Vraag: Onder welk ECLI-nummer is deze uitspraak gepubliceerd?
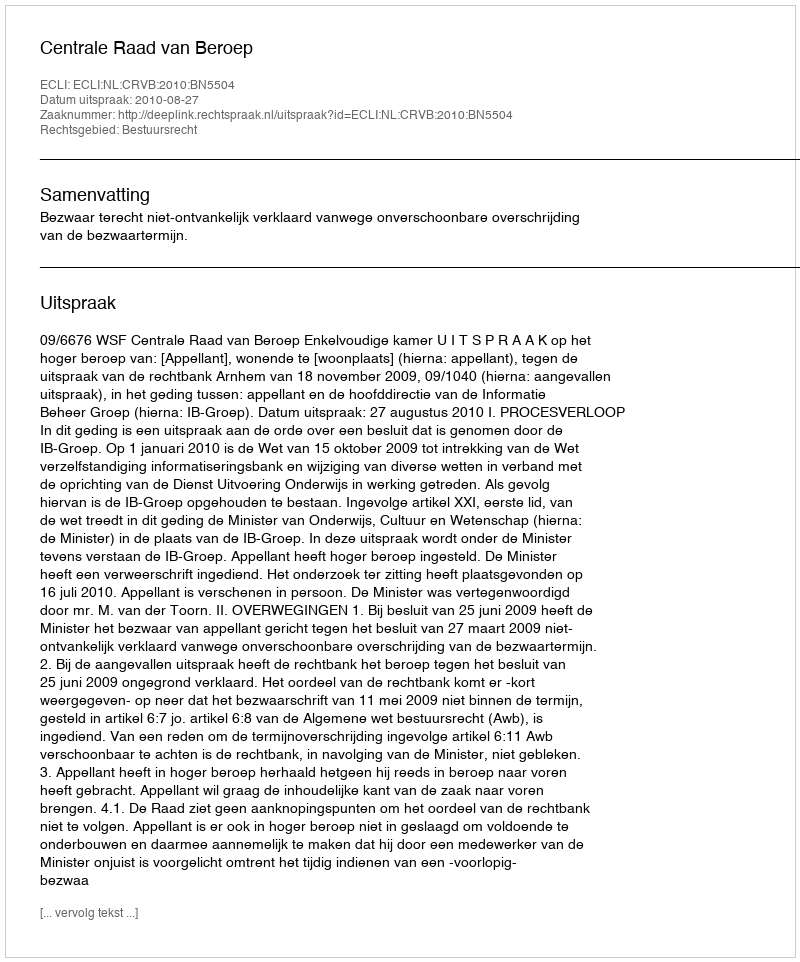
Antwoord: ECLI:NL:CRVB:2010:BN5504